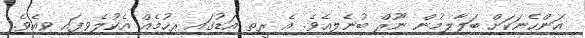
އަންހެނަކަށް ބަލާލމުން ނޫރް ބުނެލިއެވެ. އެ ރީތި އަޑުގައި ރިހުމެއް އެކުލެވިފައި ވިއެވެ.